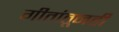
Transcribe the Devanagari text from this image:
गीतांतूनही